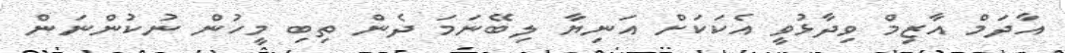
އާދަމް އާޒިމް ވިދާޅުވީ އެކަކަށް އަނިޔާ ލިބޭނަމަ ދެން ތިބި މީހުން ނުކުންނަން